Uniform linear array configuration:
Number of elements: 32
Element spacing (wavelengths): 0.25
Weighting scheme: blackman
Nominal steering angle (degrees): -30
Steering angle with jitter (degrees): -28.41
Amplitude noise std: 0.05
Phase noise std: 0.05

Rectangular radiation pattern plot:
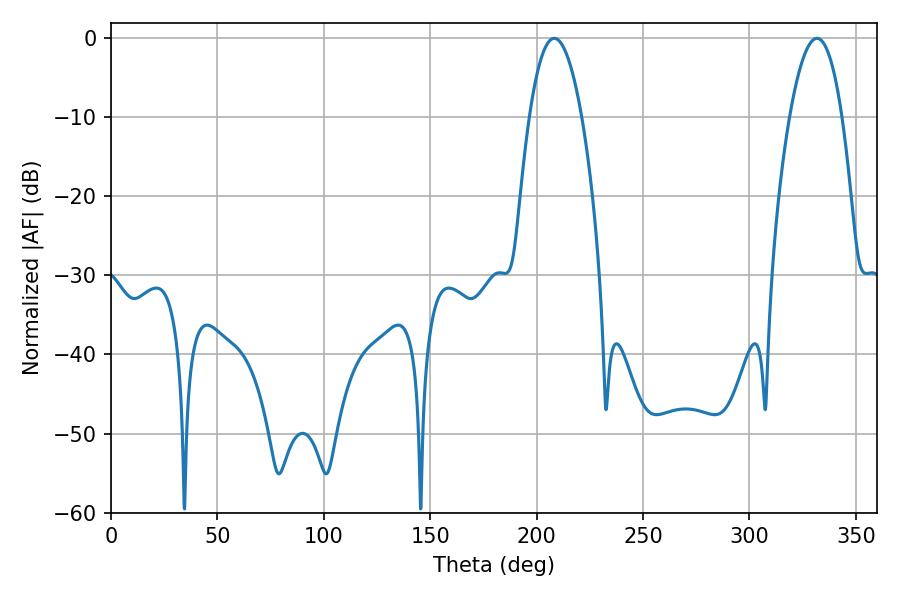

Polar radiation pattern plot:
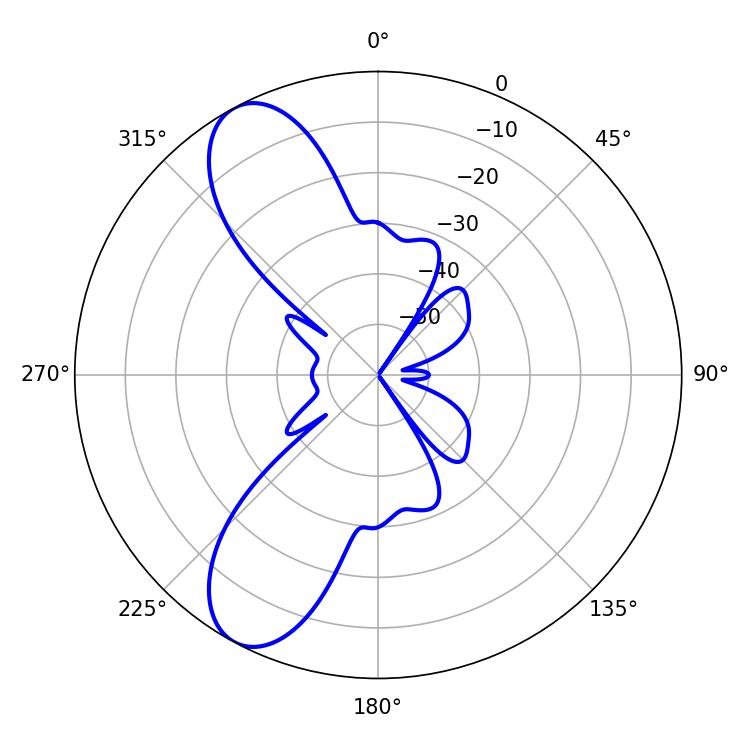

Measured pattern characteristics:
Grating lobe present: FALSE
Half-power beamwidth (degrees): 13.68
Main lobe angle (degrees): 208.26